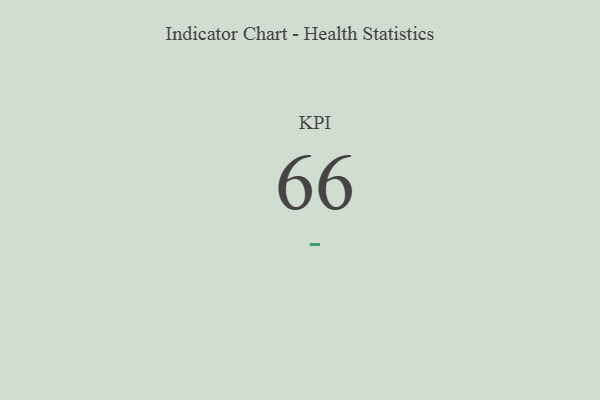
{"axis": {"x": "KPI", "y": "Value"}, "legend": [""], "data": [{"x": "KPI", "y": 66, "type": ""}]}